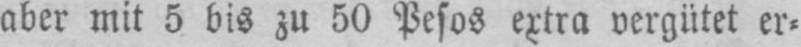
aber mit 5 bis zu 50 Pesos extra vergütet er⸗